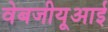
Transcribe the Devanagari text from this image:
वेबजीयूआई